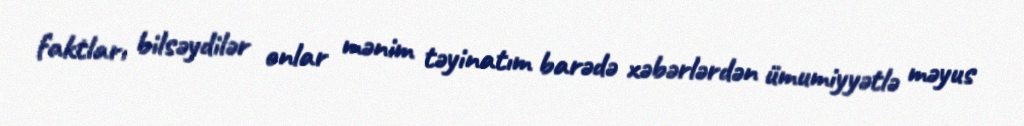
faktları bilsəydilər onlar mənim təyinatım barədə xəbərlərdən ümumiyyətlə məyus